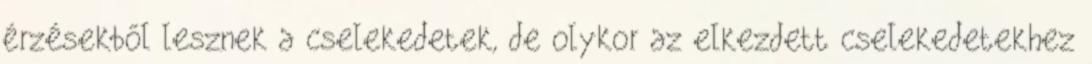
érzésekből lesznek a cselekedetek, de olykor az elkezdett cselekedetekhez